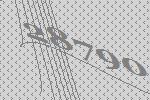
28790